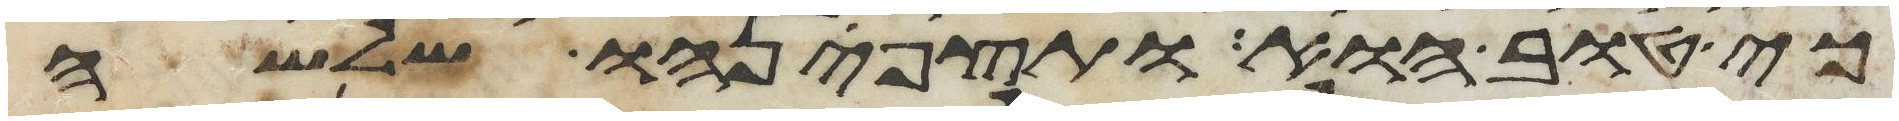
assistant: כי טוב הוא ותצפנהו שלשה